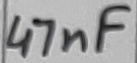
Text: 47nF